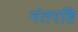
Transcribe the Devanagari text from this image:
नंतरहि